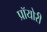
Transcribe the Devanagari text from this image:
प्रॉयोरी